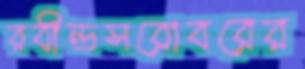
রবীন্দ্রসরোবরের